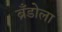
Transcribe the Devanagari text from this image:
ब्रँडोला